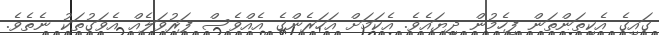
ގައިގެ އެކިތަންތަން ފިހެމުން ދިޔައެވެ. އެކަމަށް އަހަރެންގެ އެއްވެސް ފަރުވަލެއް އެވަގުތަކު ނެތެވެ.